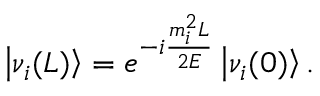
\left| \nu _ { i } ( L ) \right\rangle = e ^ { - i { \frac { m _ { i } ^ { 2 } L } { 2 E } } } \left| \nu _ { i } ( 0 ) \right\rangle .